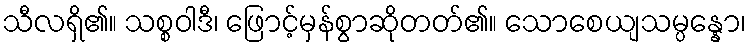
သီလရှိ၏။ သစ္စဝါဒီ၊ ဖြောင့်မှန်စွာဆိုတတ်၏။ သောစေယျသမ္ပန္နော၊